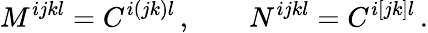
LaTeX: M^{ijkl}=C^{i(jk)l}\, ,\qquad N^{ijkl}=C^{i[jk]l}\, .